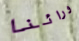
ورائنا